Scottish Leaving Certificate Examination, 1961
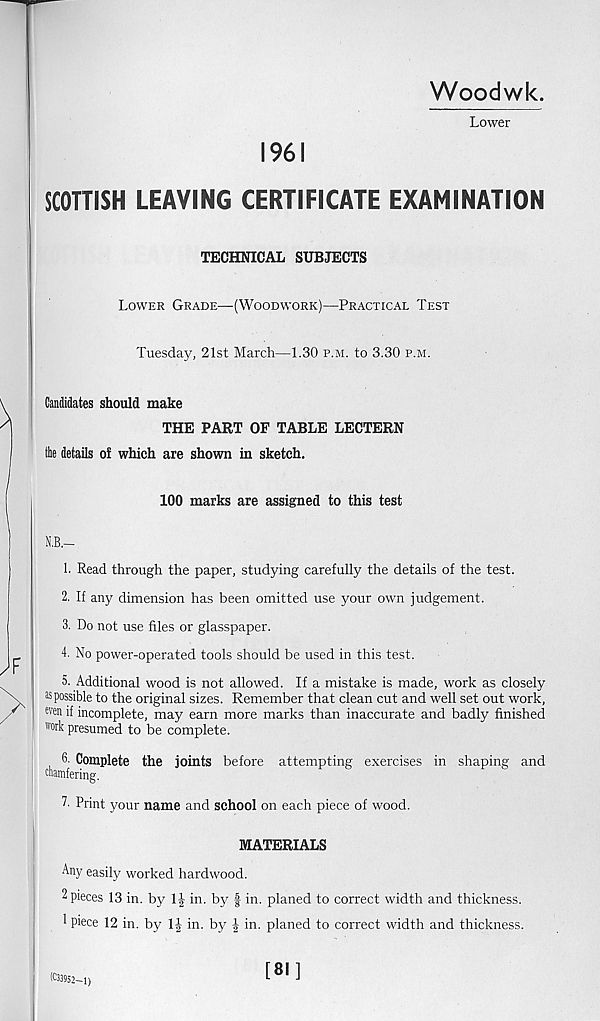
Woodwk.
Lower
1961
SCOTTISH LEAVING CERTIFICATE EXAMINATION
TECHNICAL SUBJECTS
Lower Grade—(Woodwork)—Practical Test
Tuesda}^, 21st March—1.30 p.m. to 3.30 p.m.
Candidates should make
THE PART OF TABLE LECTERN
(be details of which are shown in sketch.
100 marks are assigned to this test
N.B.—
1. Read through the paper, studying carefully the details of the test.
2. If any dimension has been omitted use your own judgement.
3. Do not use files or glasspaper.
4. No power-operated tools should be used in this test.
5. Additional wood is not allowed. If a mistake is made, work as closely
^possible to the original sizes. Remember that clean cut and well set out work,
wen if incomplete, may earn more marks than inaccurate and badly finished
work presumed to be complete.
3. Complete the joints before attempting exercises in shaping and
enamfering.
h Print your name and school on each piece of wood.
MATERIALS
Any easily worked hardwood.
2 pieces 13 in. by 1-| in. by f in. planed to correct width and thickness.
1 piece 12 in. by 1| in. by | in. planed to correct width and thickness.
(C33952-1)
[81]